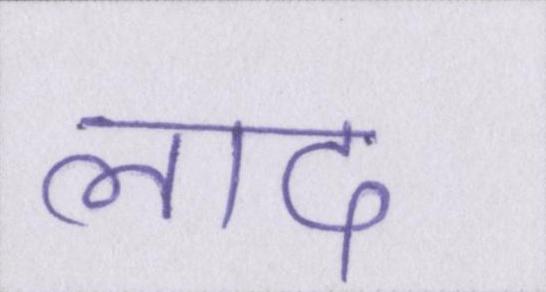
लाद